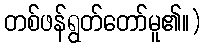
တစ်ဖန်ရွတ်တော်မူ၏။)